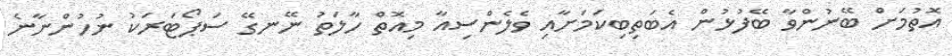
އޮތުމަށް ބޭނުންވާ ބޭފުޅުން އެބަތިބިކަމަށާއި ވެލެންސިއާ މިއޮތް ހާލަތު ނޭނގޭ ސަޕޯޓަރަކު ނުހުންނާނެ